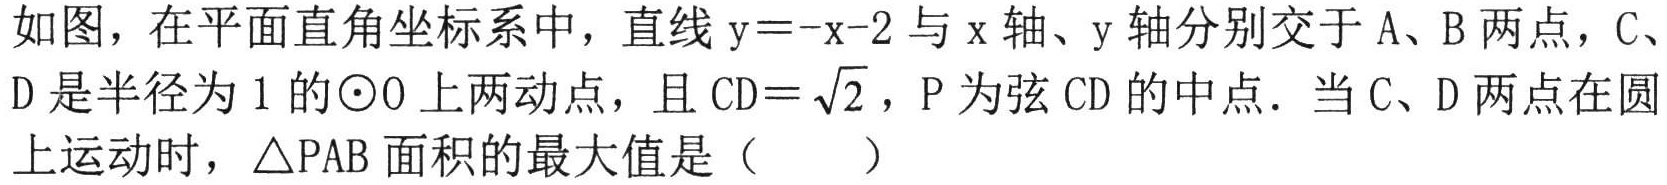
如图，在平面直角坐标系中，直线\(y = -x - 2\)与\(x\)轴、\(y\)轴分别交于\(A、B\)两点，\(C、D\)是半径为\(1\)的\(\odot O\)上两动点，且\(CD = \sqrt{2}\)，\(P\)为弦\(CD\)的中点．当\(C、D\)两点在圆上运动时，\(\triangle PAB\)面积的最大值是（  ）